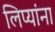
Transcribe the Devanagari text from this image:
लिप्यांना